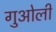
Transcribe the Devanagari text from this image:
गुओली